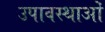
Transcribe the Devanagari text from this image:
उपावस्थाओं